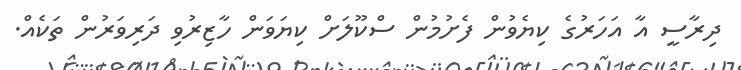
ދިރާސީ އާ އަހަރުގެ ކިޔެވުން ފެށުމުން ސްކޫލަށް ކިޔަވަން ހާޒިރުވި ދަރިވަރުން ތަކެއް.